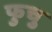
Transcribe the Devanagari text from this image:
फुचु